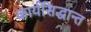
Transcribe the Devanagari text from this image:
कार्यसिद्धान्त